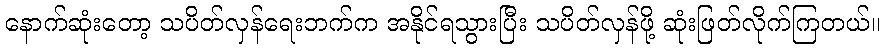
နောက်ဆုံးတော့ သပိတ်လှန်ရေးဘက်က အနိုင်ရသွားပြီး သပိတ်လှန်ဖို့ ဆုံးဖြတ်လိုက်ကြတယ်။